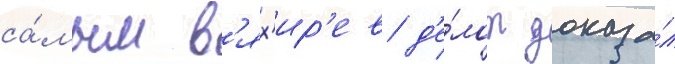
са́мым в'ях'ир'ев д'е́лом доказа́л